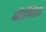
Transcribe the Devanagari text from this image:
बौर्डीघेरा